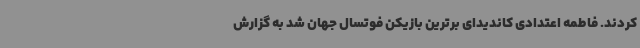
کردند. فاطمه اعتدادی کاندیدای برترین بازیکن فوتسال جهان شد به گزارش